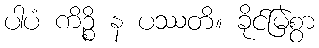
ပါပံ ကိဉ္စိ န ပဿတိ။ ခိုင်မြဲစွာ